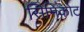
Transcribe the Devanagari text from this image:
सिमिकोट